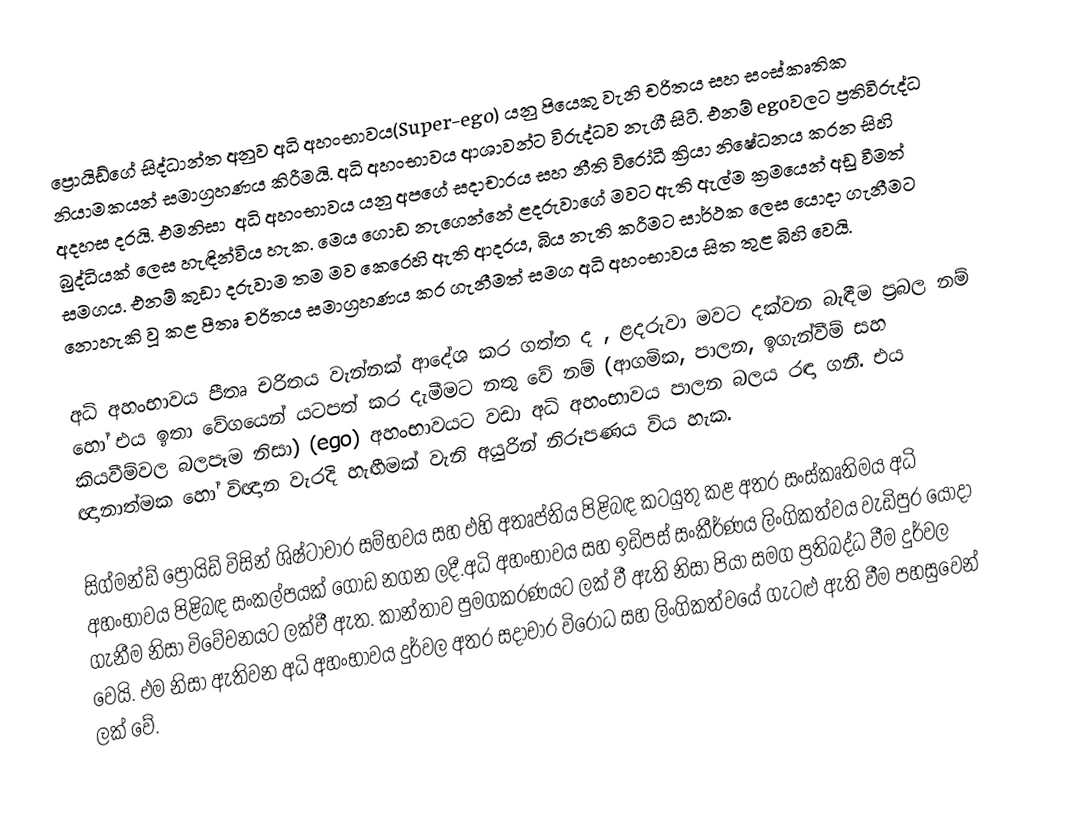
ප්‍රොයිඩ්ගේ සිද්ධාන්ත අනුව අධි අහංභාවය(Super-ego)  යනු පියෙකු වැනි චරිතය සහ සංස්කෘතික නියාමකයන් සමාග්‍රහණය කිරීමයි. අධි අහංභාවය ආශාවන්ට විරුද්ධව නැගී සිටී. එනම් egoවලට ප්‍රතිවිරුද්ධ අදහස දරයි. එමනිසා ‍ අධි අහංභාවය යනු අපගේ සදාචාරය සහ නීති විරෝධී ක්‍රියා නිෂේධනය කරන සිහි බුද්ධියක් ලෙස හැඳින්විය හැක. මෙය ගොඩ නැගෙන්නේ ළදරුවාගේ මවට ඇති ඇල්ම ක්‍රමයෙන් අඩු වීමත් සමගය. එනම් කුඩා දරුවාම තම මව කෙරෙහි ඇති ආදරය, බිය නැති කරීමට සාර්ථක ලෙස යොදා ගැනීමට නොහැකි වූ කළ පීතෘ චරිතය සමාග්‍රහණය කර ගැනීමත් සමග අධි අහංභාවය සිත තුළ බිහි වෙයි.

අධි අහංභාවය පීතෘ චරිතය වැන්නක් ආදේශ කර ගත්ත ද , ළදරුවා මවට දක්වන බැඳීම ප්‍රබල නම් හෝ එය ඉතා වේගයෙන් යටපත් කර දැමීමට නතු වේ නම් (ආගමික, පාලන, ඉගැන්වීම් සහ කියවීම්වල බලපෑ‍ම නිසා) (ego) අහංභාවයට වඩා අධි අහංභාවය පාලන බලය රඳා ගනී. එය ඥානාත්මක හෝ විඥාන වැරදි හැඟීමක් වැනි අයුරින් නිරූපණය විය හැක.

සිග්මන්ඩ් ප්‍රොයිඩ් විසින් ශිෂ්ටාචාර සම්භවය සහ එහි අතෘප්තිය පිළිබඳ කටයුතු කළ අතර සංස්කෘතිමය අධි අහංභාවය පිළිබඳ  සංකල්පයක් ගොඩ නගන ලදී.අධි අහංභාවය සහ ඉඩිපස් සංකීර්ණය ලිංගිකත්වය වැඩිපුර යොදා ගැනීම නිසා විවේචනයට ලක්වී ඇත. කාන්තාව පුමගකරණයට ලක් වී ඇති නිසා පියා සමග ප්‍රතිබද්ධ වීම දුර්වල වෙයි.  එම නිසා ඇතිවන අධි අහංභාවය දුර්වල අතර සදාචාර විරෝධ සහ ලිංගිකත්වයේ ගැටළු ඇති වීම පහසුවෙන් ලක් වේ.